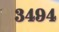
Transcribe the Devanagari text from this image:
३४९४